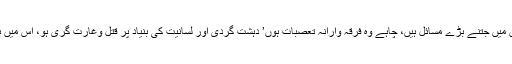
ہم تو پہلے بھی یہی کہتے رہے ہیں کہ پاکستان میں جتنے بڑے مسائل ہیں، چاہے وہ فرقہ وارانہ تعصبات ہوں’ دہشت گردی اور لسانیت کی بنیاد پر قتل وغارت گری ہو، اس میں بھارت سرکار کی خفیہ ایجنسی ”را” ملوث ہے۔